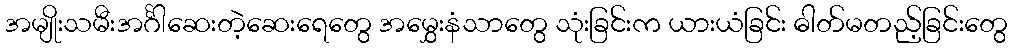
အမျိုးသမီးအင်္ဂါဆေးတဲ့ဆေးရေတွေ အမွှေးနံသာတွေ သုံးခြင်းက ယားယံခြင်း ဓါတ်မတည့်ခြင်းတွေ